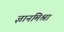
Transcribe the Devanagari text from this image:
ज्ञानमिश्रा